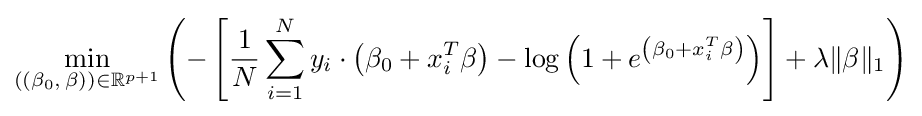
\min _{((\beta _{0},\,\beta ))\in \mathbb {R} ^{p+1}}{\left(-\left[{\frac {1}{N}}\sum _{i=1}^{N}y_{i}\cdot \left(\beta _{0}+x_{i}^{T}\beta \right)-\log \left(1+e^{\left(\beta _{0}+x_{i}^{T}\beta \right)}\right)\right]+\lambda \|\beta \|_{1}\right)}